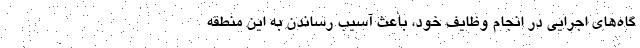
گاه‌های اجرایی در انجام وظایف خود، باعث آسیب رساندن به این منطقه